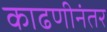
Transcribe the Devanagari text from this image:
काढणीनंतर